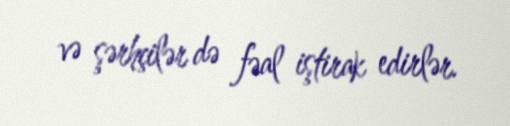
və şərhçilər də fəal iştirak edirlər.